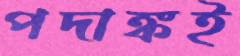
পদাঙ্কই